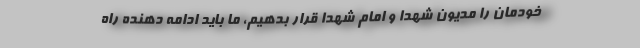
خودمان را مدیون شهدا و امام شهدا قرار بدهیم، ما باید ادامه دهنده راه